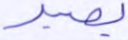
بصير